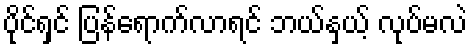
ပိုင်ရှင် ပြန်ရောက်လာရင် ဘယ်နှယ့် လုပ်မလဲ